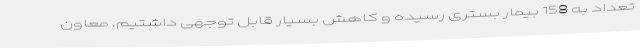
تعداد به 158 بیمار بستری رسیده و کاهش بسیار قابل توجهی داشتیم. معاون